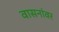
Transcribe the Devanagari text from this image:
वासनांवर